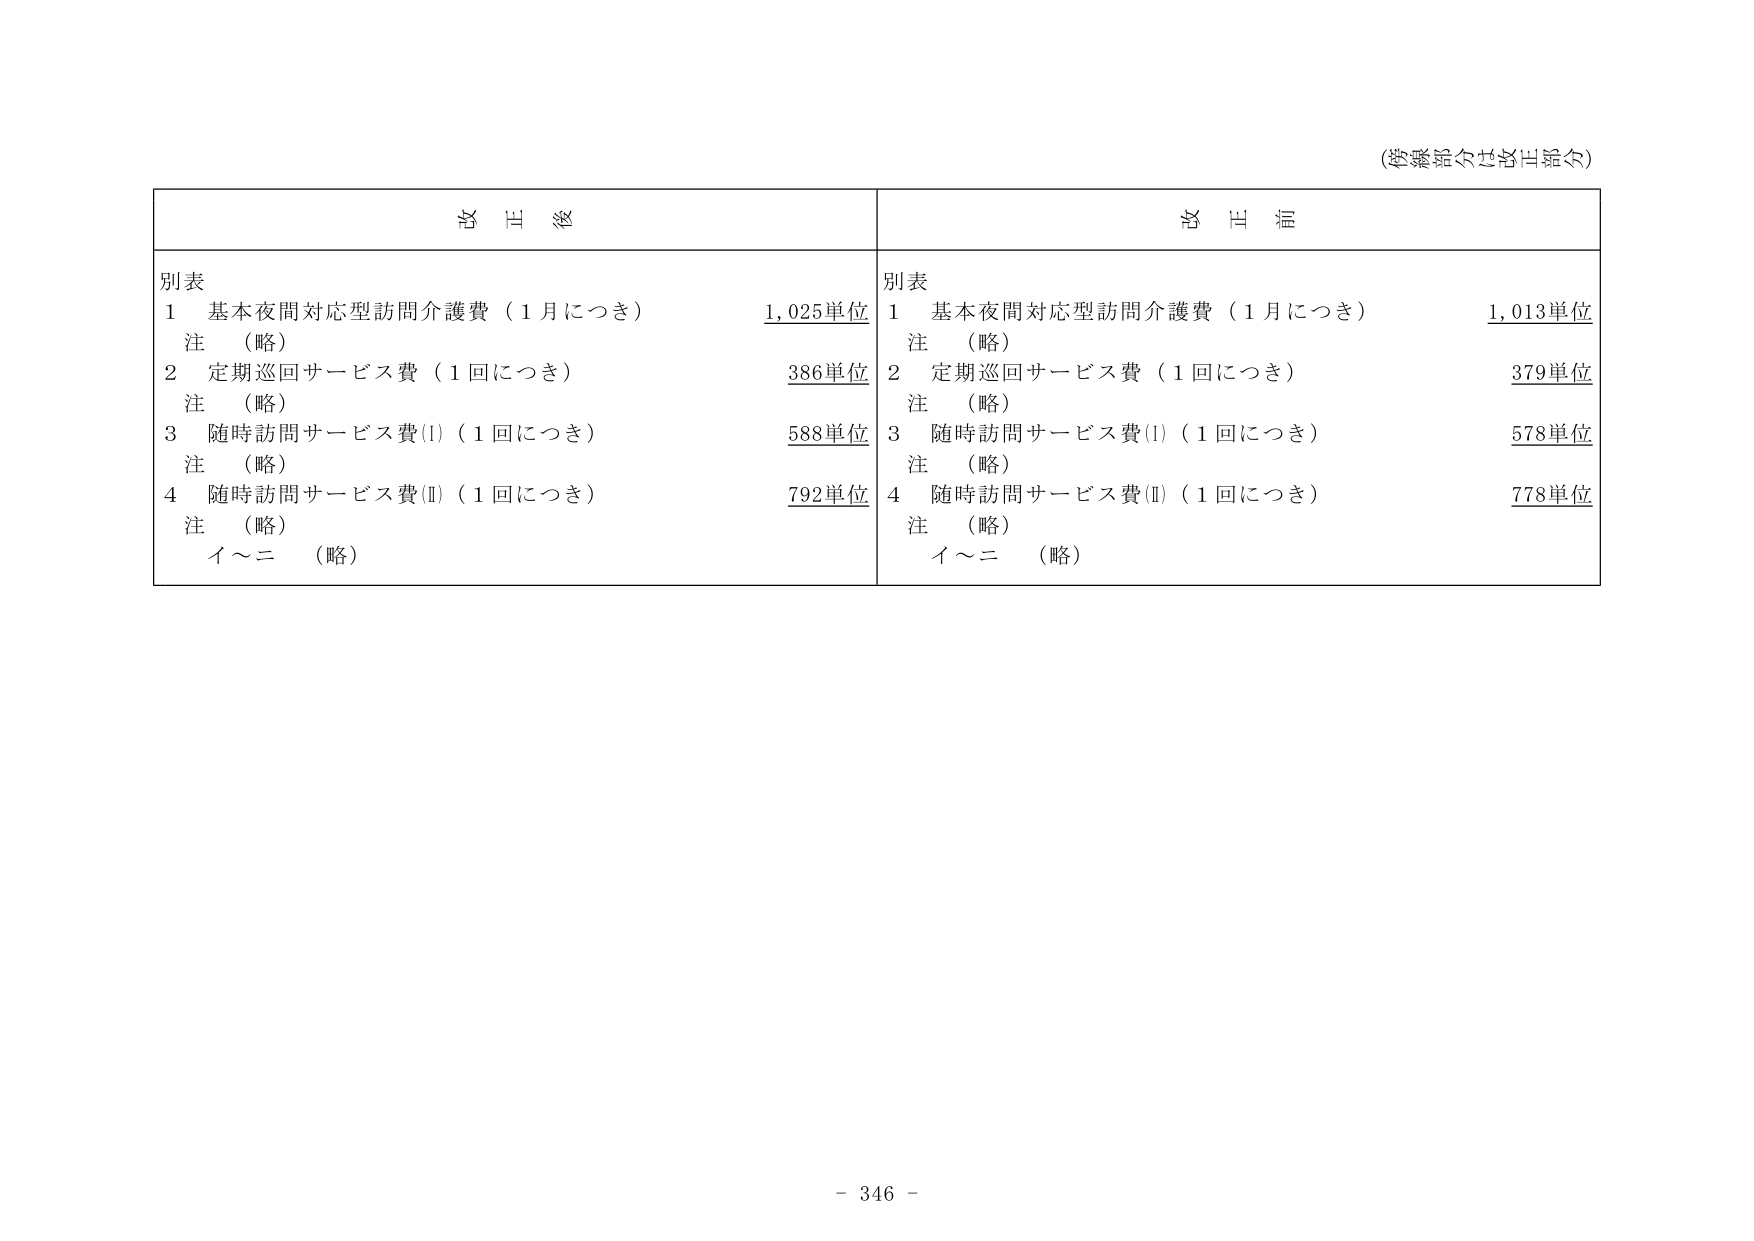
(営業所及び各出張所)

支 出 額

別表
1 基本夜間対応型訪問介護費（1月につき） 1,025単位
注 （略）
2 定期巡回サービス費（1回につき） 386単位
注 （略）
3 随時訪問サービス費(I)（1回につき） 588単位
注 （略）
4 随時訪問サービス費(II)（1回につき） 792単位
注 （略）
イ～ニ （略）

支 出 額

別表
1 基本夜間対応型訪問介護費（1月につき） 1,013単位
注 （略）
2 定期巡回サービス費（1回につき） 379単位
注 （略）
3 随時訪問サービス費(I)（1回につき） 578単位
注 （略）
4 随時訪問サービス費(II)（1回につき） 778単位
注 （略）
イ～ニ （略）

- 346 -